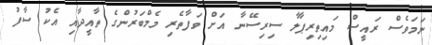
ނަމަވެސް ރައީސް މައިތިރިޕާލާ ސިރިސޭނާ އަށް ވަފާތެރި މެމްބަރުންގެ ތާއީދާއި އެކު ސާފު